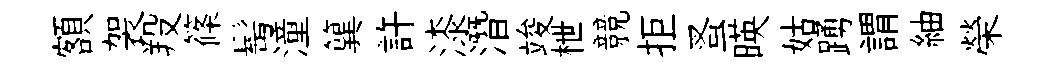
額袈羖篠髩潼簨許漆潛竣枻競拒蚤暎姑踴謂紬榮